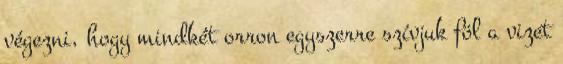
végezni, hogy mindkét orron egyszerre szívjuk föl a vizet